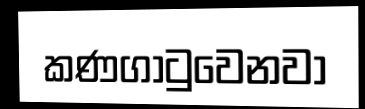
කණගාටුවෙනවා